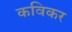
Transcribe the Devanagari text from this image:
कविकर